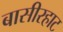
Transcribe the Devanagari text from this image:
बासीरहाट